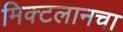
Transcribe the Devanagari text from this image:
मिक्टलानचा